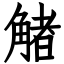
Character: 觰